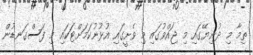
ތިމާ މި ދުނިޔޭގައި މި ޖައްވުގައި މި ވެށީގައި އުޅުނުކަމަށްޓަކައި މި ފަސްގަނޑުން